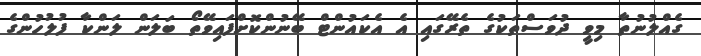
ގެއްލުނުތާ މިވީ ދުވަސްތަކުގެ ތެރޭގައި އެ އެކައުންޓް ބޭނުންކޮށްފައިވޭތޯ ބަލަން ލަންކާ ފުލުހުންގެ